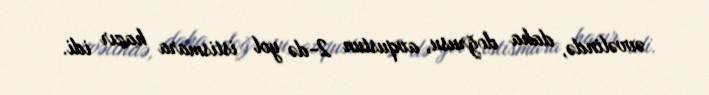
əvvəlində, daha doğrusu, avqustun 2-də yol istismara hazır idi.